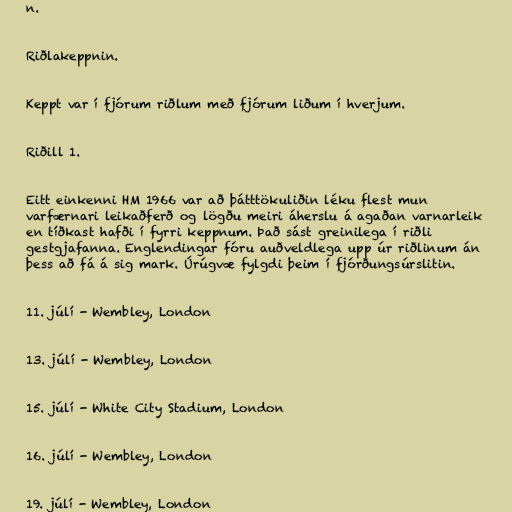
n.

Riðlakeppnin.

Keppt var í fjórum riðlum með fjórum liðum í hverjum.

Riðill 1.

Eitt einkenni HM 1966 var að þátttökuliðin léku flest mun
varfærnari leikaðferð og lögðu meiri áherslu á agaðan varnarleik
en tíðkast hafði í fyrri keppnum. Það sást greinilega í riðli
gestgjafanna. Englendingar fóru auðveldlega upp úr riðlinum án
þess að fá á sig mark. Úrúgvæ fylgdi þeim í fjórðungsúrslitin.

11. júlí - Wembley, London

13. júlí - Wembley, London

15. júlí - White City Stadium, London

16. júlí - Wembley, London

19. júlí - Wembley, London